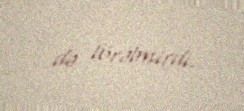
də törətmirdi.